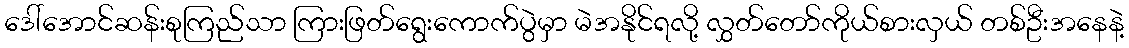
ဒေါ်အောင်ဆန်းစုကြည်သာ ကြားဖြတ်ရွေးကောက်ပွဲမှာ မဲအနိုင်ရလို့ လွှတ်တော်ကိုယ်စားလှယ် တစ်ဦးအနေနဲ့